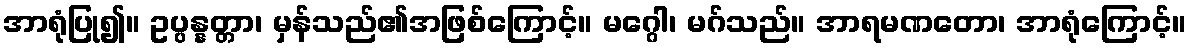
အာရုံပြု၍။ ဥပ္ပန္နတ္တာ၊ မှန်သည်၏အဖြစ်ကြောင့်။ မဂ္ဂေါ၊ မဂ်သည်။ အာရမဏတော၊ အာရုံကြောင့်။